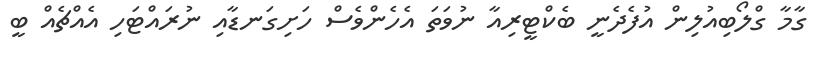
ގާމާ ގްލޯބިއުލިން އުފެދެނީ ބެކްޓީރިއާ ނުވަތަ އެހެންވެސް ހަށިގަނޑާއި ނުރައްޓަހި އެއްޗެއް ބީ